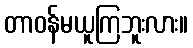
တာဝန်မယူကြဘူးလား။